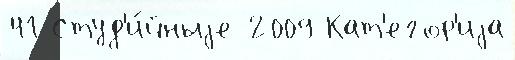
41 Студ'и́йныjе 2009 Кат'егор'иjа